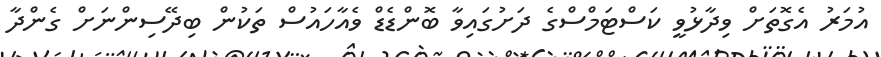
އުމަރު އެގޮތަށް ވިދާޅުވީ ކަސްޓަމްސްގެ ދަށުގައިވާ ބޮންޑެޑް ވެއާހައުސް ތަކުން ބިދޭސިންނަށް ގެންދާ